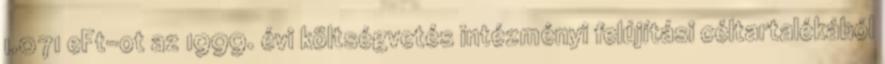
1.071 eFt-ot az 1999. évi költségvetés intézményi felújítási céltartalékából